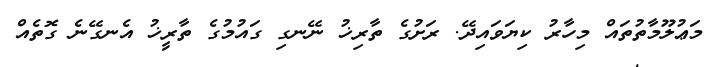
މަޢުލޫމާތުތައް މިހާރު ކިޔަވައިދޭ. ރަށުގެ ތާރިޚު ނޭނގި ގައުމުގެ ތާރީޚު އެނގޭނެ ގޮތެއް